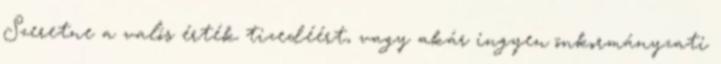
Szeretne a valós érték tizedéért, vagy akár ingyen önkormányzati